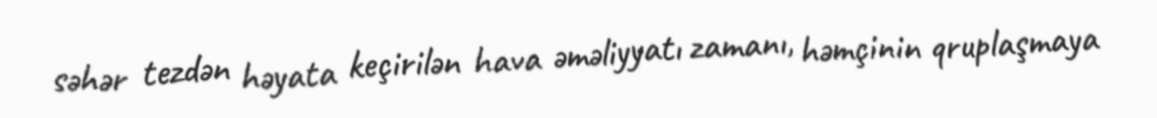
səhər tezdən həyata keçirilən hava əməliyyatı zamanı, həmçinin qruplaşmaya